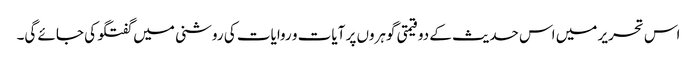
اس تحریر میں اس حدیث کے دو قیمتی گوہروں پر آیات و روایات کی روشنی میں گفتگو کی جائے گی۔